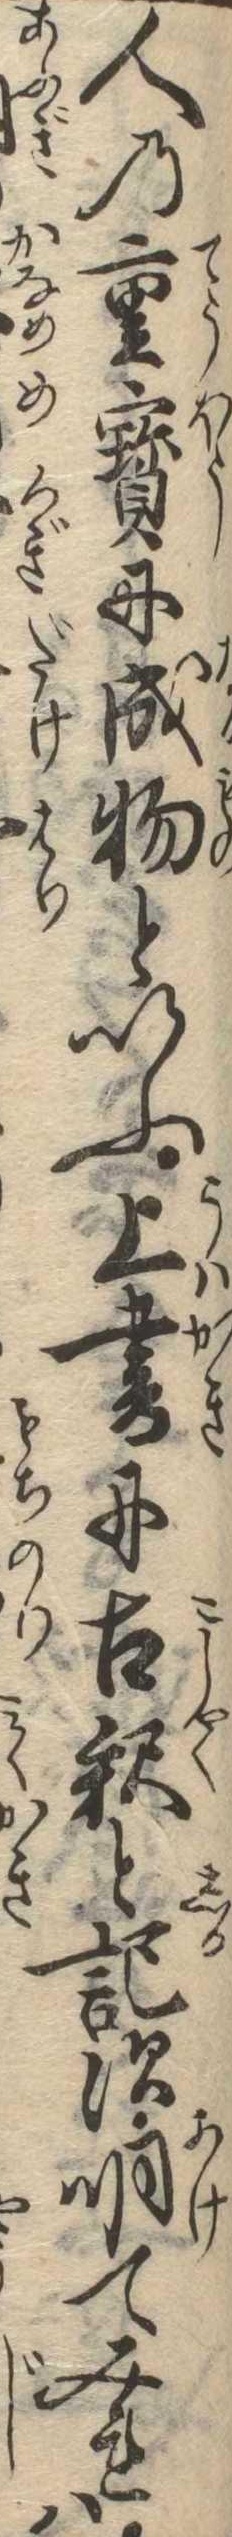
人の重宝に成物といふ上書に古釈と記す明てみれは